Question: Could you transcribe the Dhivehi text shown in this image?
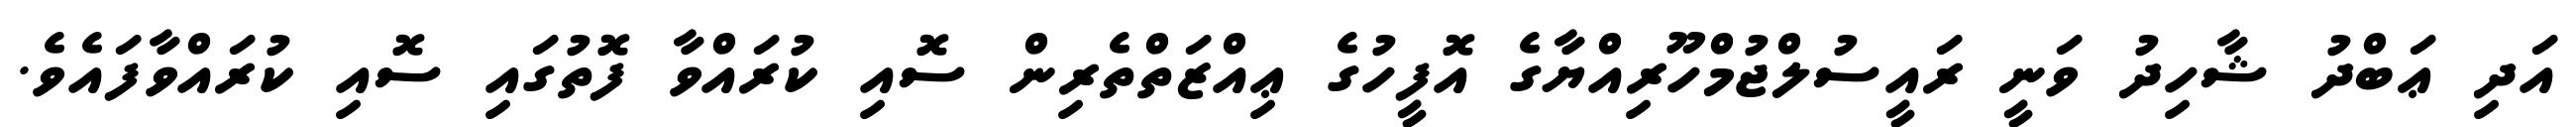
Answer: އަދި ޢަބްދު ޝާހިދު ވަނީ ރައީސުލްޖުމްހޫރިއްޔާގެ އޮފީހުގެ ޢިއްޒަތްތެރިން ސޮއި ކުރައްވާ ފޮތުގައި ސޮއި ކުރައްވާފައެވެ.